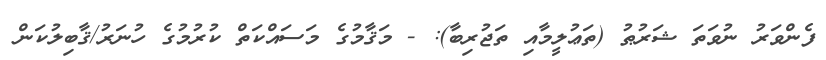
ފެންވަރު ނުވަތަ ޝަރުޠު (ތަޢުލީމާއި ތަޖުރިބާ): - މަޤާމުގެ މަސައްކަތް ކުރުމުގެ ހުނަރު/ޤާބިލުކަން